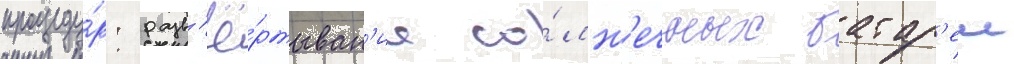
процеду́р: разв'ё́ртыван'ие со́лн'ечных батар'еи